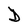
Character: D